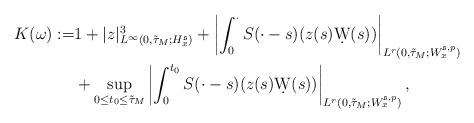
LaTeX: \begin{align*}K(\omega):=&1+|z|^3_{L^\infty(0,\tilde{\tau}_M;H_x^{\mathfrak{s}})}+\left|\int_0^\cdot S(\cdot-s)(z(s)\d W(s))\right|_{L^r(0,\tilde{\tau}_M;W_x^{\mathfrak{s},p})}\\&+\sup_{0\leq t_0\leq \tilde{\tau}_M}\left|\int_0^{t_0} S(\cdot-s)(z(s)\d W(s))\right|_{L^r(0,\tilde{\tau}_M;W_x^{\mathfrak{s},p})},\end{align*}